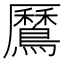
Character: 𪅼